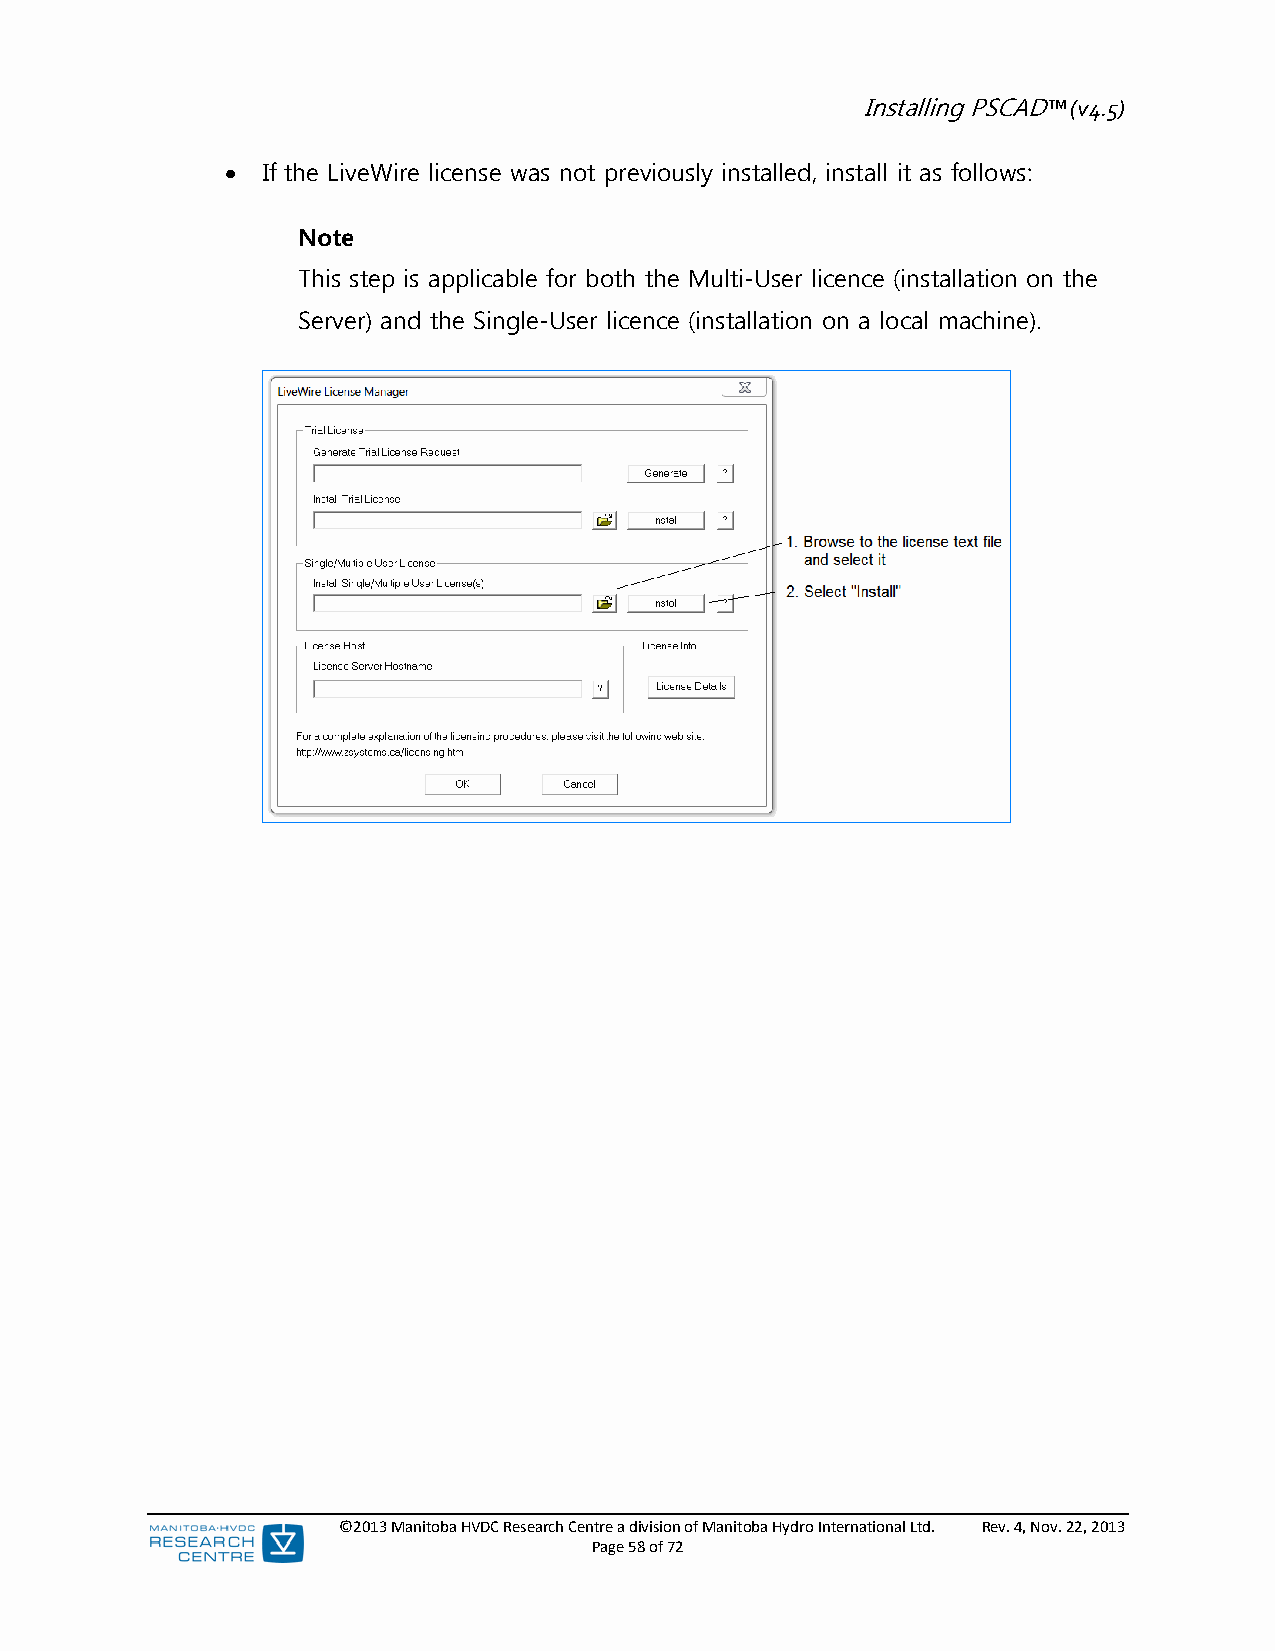
Installing PSCAD™ (v4.5)
  If the LiveWire license was not previously installed, install it as follows:
 Note
 This step is applicable for both the Multi-User licence (installation on the
 Server) and the Single-User licence (installation on a local machine).
 ©2013 Manitoba HVDC Research Centre a division of Manitoba Hydro International Ltd. Rev. 4, Nov. 22, 2013
 Page 58 of 72